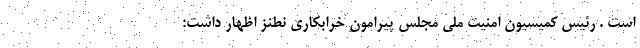
است . رئیس کمیسیون امنیت ملی مجلس پیرامون خرابکاری نطنز اظهار داشت: